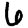
Digit: 6